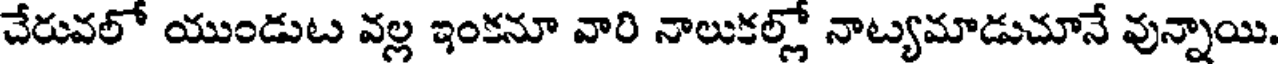
చేరువలో యుండుట వల్ల ఇంకనూ వారి నాలుకల్లో నాట్యమాడుచూనే వున్నాయి.